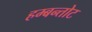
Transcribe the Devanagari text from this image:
हम्बन्तोट